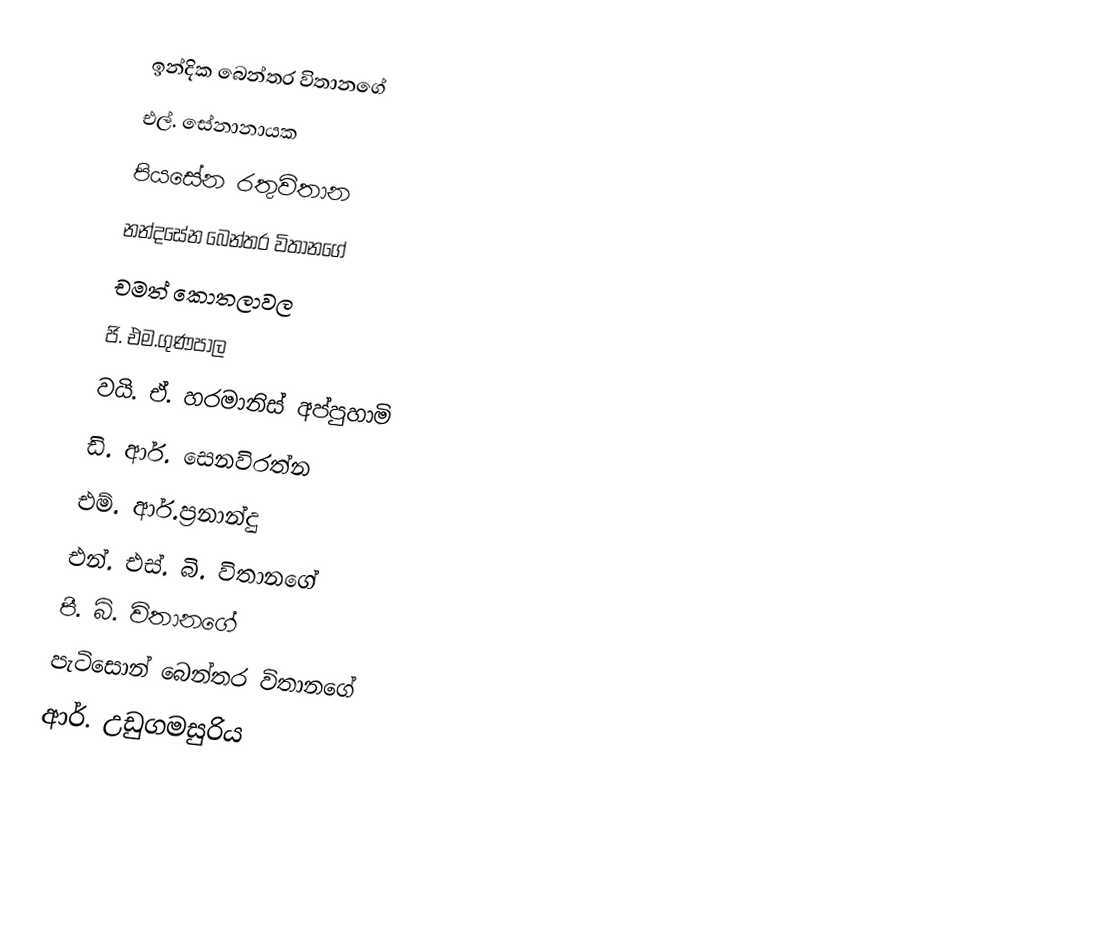
ඉන්දික බෙන්තර විතානගේ
 එල්. සේනානායක
 පියසේන රතුවිතාන
 නන්දසේන බෙන්තර විතානගේ
 චමත් කොතලාවල
 ජි. එම.ගුණපාල
 වයි. ඒ. හරමානිස් අප්පුහාමි
 ඩි. ආර්. සෙනවිරත්න
 එම්. ආර්.ප්‍රනාන්දු
 එන්. එස්. බි. විතානගේ
 පී. බි. විතානගේ
 පැටිසොන් බෙන්තර විතානගේ
 ආර්. උඩුගමසුරිය